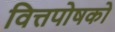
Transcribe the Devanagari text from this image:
वित्तपोषको